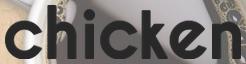
chicken